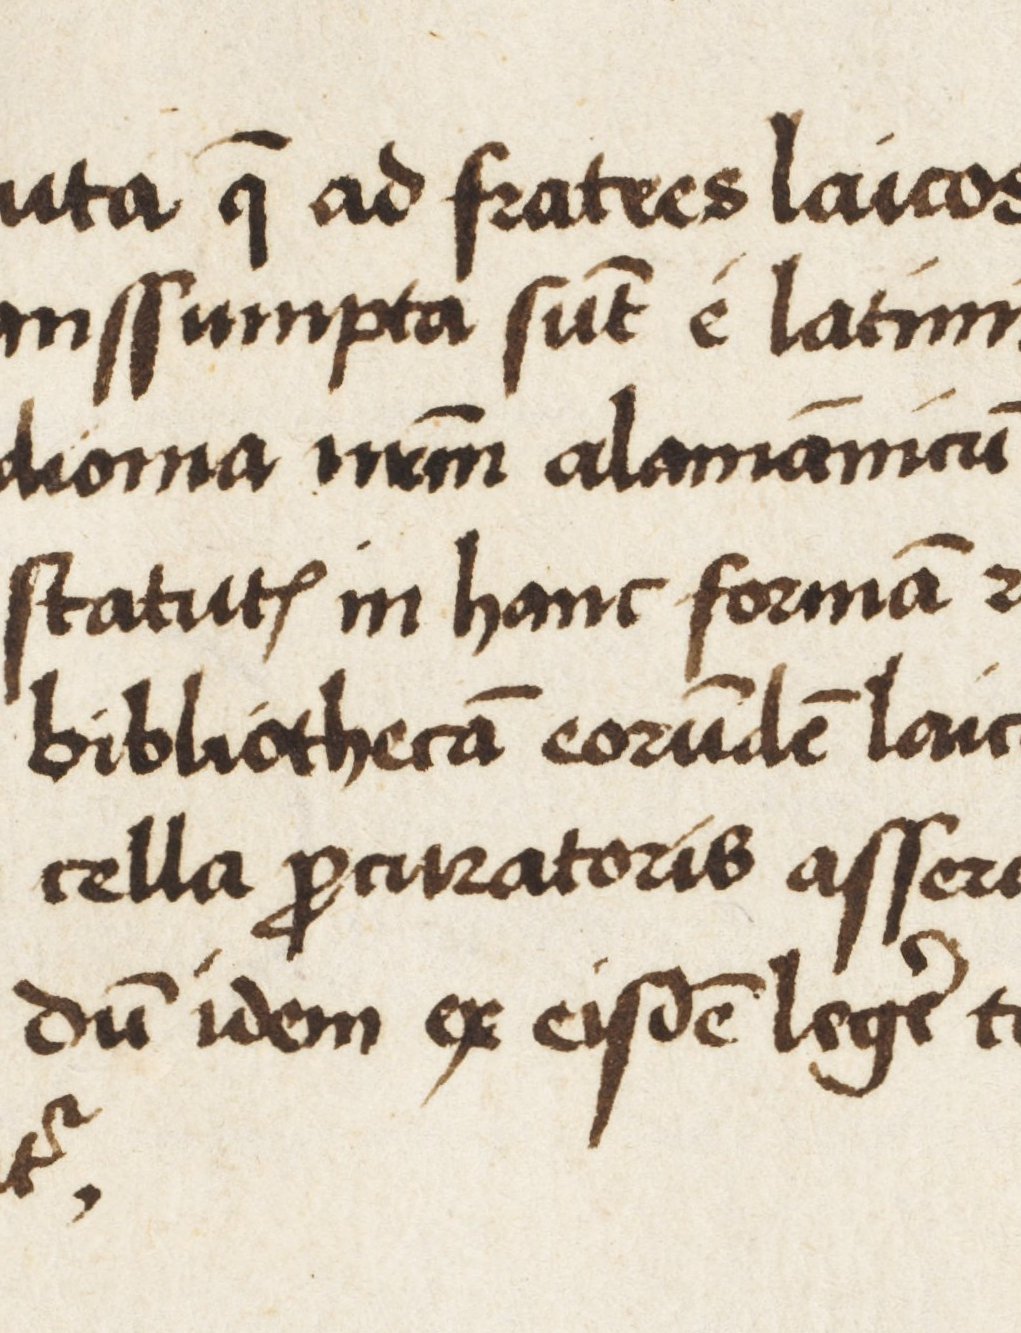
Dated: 1495–1514